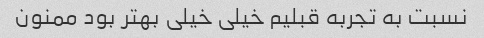
نسبت به تجربه قبلیم خیلی خیلی بهتر بود ممنون